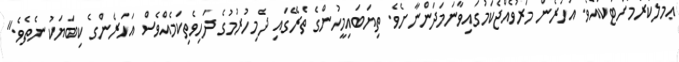
ޢަމަލުކުރުމަށްޓަކައެވެ. އަހަރެން މަރުވެއްޖެކަމުގައިވާނަމަދަންނާށެވެ. ތިޔަބައިމީހުންގެ ތެރޭގައި ދެމިހުރުމުގެ ދަހިވެތިކަމެއްވެސް އަހަރެންގެ ކިބަޔަކު ނެތެވެ."